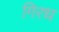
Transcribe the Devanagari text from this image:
गिरध